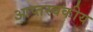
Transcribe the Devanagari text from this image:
आप्तस्वकीय